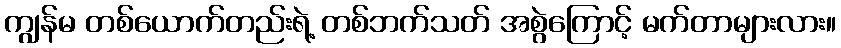
ကျွန်မ တစ်ယောက်တည်းရဲ့ တစ်ဘက်သတ် အစွဲကြောင့် မက်တာများလား။